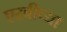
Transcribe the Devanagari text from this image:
एरवीच्या